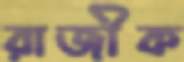
রাজীক